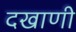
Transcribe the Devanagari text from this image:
दखाणी